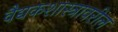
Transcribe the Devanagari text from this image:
वैद्यकशास्त्रावरील